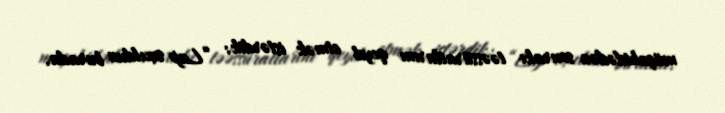
müşahidədən sonrakı təəssüratlarını qeyd etmək istərdik: “Lap sıxıldım burada.